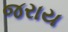
જરાય